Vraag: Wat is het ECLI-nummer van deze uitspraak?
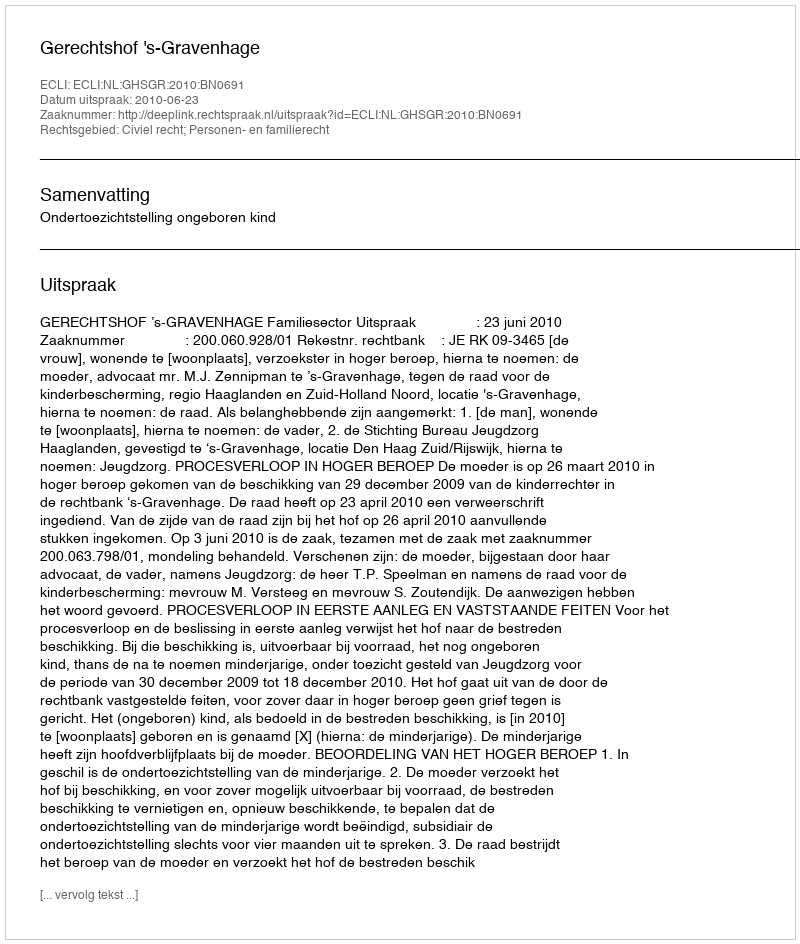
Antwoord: ECLI:NL:GHSGR:2010:BN0691